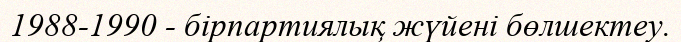
1988-1990 - бірпартиялық жүйені бөлшектеу.